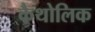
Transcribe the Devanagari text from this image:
कैथोलिक